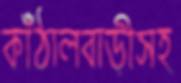
কাঁঠালবাড়ীসহ